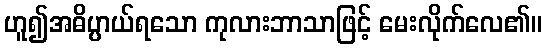
ဟူ၍အဓိပ္ပာယ်ရသော ကုလားဘာသာဖြင့် မေးလိုက်လေ၏။